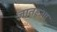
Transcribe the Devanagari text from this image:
ज्ञातहुआ